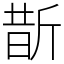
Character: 斮